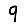
Digit: 9